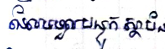
ដែលទទួលបន្ទុកស្ថាប័ន